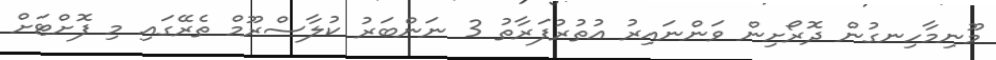
މޫނިމާހިނގުން ދޮރޯށިން ވަންނައިރު އުތުރުފަރާތު 3 ނަންބަރު ކުލާސްރޫމް ތެރޭގައި މި ފޮށްޓަށް